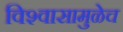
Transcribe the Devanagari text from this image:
विश्‍वासामुळेच